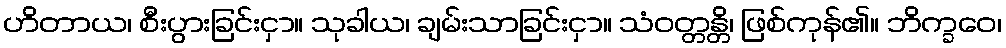
ဟိတာယ၊ စီးပွားခြင်းငှာ။ သုခါယ၊ ချမ်းသာခြင်းငှာ။ သံဝတ္တန္တိ၊ ဖြစ်ကုန်၏။ ဘိက္ခဝေ၊